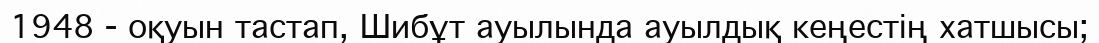
1948 - оқуын тастап, Шибұт ауылында ауылдық кеңестің хатшысы;